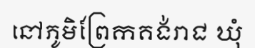
នៅភូមិព្រែកគង់រាជ ឃុំ